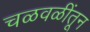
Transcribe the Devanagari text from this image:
चळवळींतून